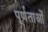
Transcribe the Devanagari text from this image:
पूर्णताओं